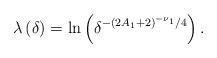
LaTeX: \begin{align*}\lambda \left( \delta \right) =\ln \left( \delta ^{-\left( 2A_{1}+2\right)^{-\nu _{1}}/4}\right) . \end{align*}